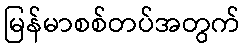
မြန်မာစစ်တပ်အတွက်